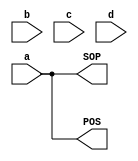


module q3_4_gate1(input a, input b, input c, input d, output SOP, output POS);
assign SOP =a;
assign POS = a ;
endmodule



module q3_4_gate2(input a, input b, input c, input d, output SOP, output POS);
assign SOP =  ( (~a)&b) |(a&~b);
assign POS  = (a | b) &(~a | ~b);
endmodule




module q3_4_gate3(input a, input b, input c, input d, output SOP, output POS);
assign SOP =  (~b&c) | (b&~c);
assign POS = (b | c)& (~b |~c);
endmodule



module q3_4_gate4(input a, input b, input c, input d, output SOP, output POS);
assign SOP =(~c&d) | (c&~d);
assign POS = (c | d) &(~c | ~d);
endmodule